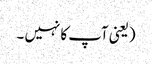
(یعنی آپ کا نہیں ۔